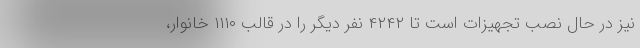
نیز در حال نصب تجهیزات است تا ۴۲۴۲ نفر دیگر را در قالب ۱۱۱۰ خانوار،